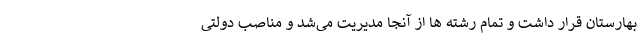
بهارستان قرار داشت و تمام رشته ها از آنجا مدیریت می‌شد و مناصب دولتی